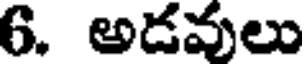
6. అడవులు